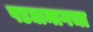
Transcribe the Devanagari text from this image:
पडद्यामागचा